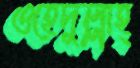
ওহেদুল্লাহ্